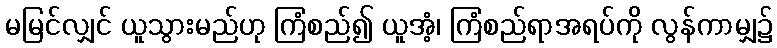
မမြင်လျှင် ယူသွားမည်ဟု ကြံစည်၍ ယူအံ့၊ ကြံစည်ရာအရပ်ကို လွန်ကာမျှ၌